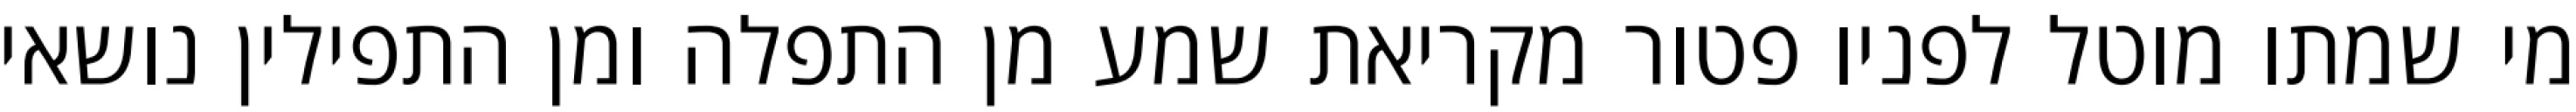
מי שמתו מוטל לפניו פטור מקריאת שמע מן התפלה ומן התפילין נושאי